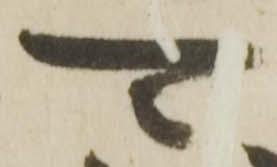
可